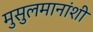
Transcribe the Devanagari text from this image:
मुसुलमानांशी